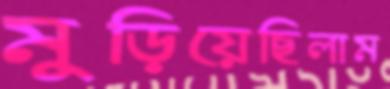
মুড়িয়েছিলাম